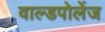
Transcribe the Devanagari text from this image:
वाल्डपोलेंज